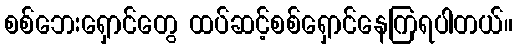
စစ်ဘေးရှောင်တွေ ထပ်ဆင့်စစ်ရှောင်နေကြရပါတယ်။